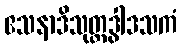
ဧသနာဒိသုတ္တဒွါဒသကံ